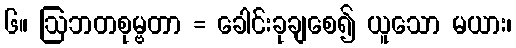
၆။ ဩဘတစုမ္ဗတာ = ခေါင်းခုချစေ၍ ယူသော မယား၊